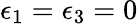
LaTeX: \epsilon_{1}=\epsilon_{3}=0